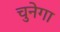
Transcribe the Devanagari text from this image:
चुनेगा